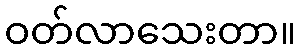
ဝတ်လာသေးတာ။